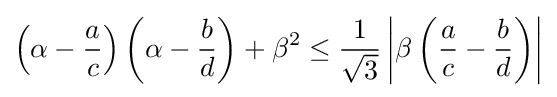
\left(\alpha -{\frac {a}{c}}\right)\left(\alpha -{\frac {b}{d}}\right)+\beta ^{2}\leq {\frac {1}{\sqrt {3}}}\left|\beta \left({\frac {a}{c}}-{\frac {b}{d}}\right)\right|